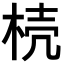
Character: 𣒆